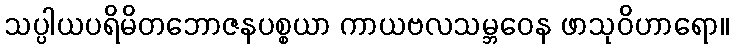
သပ္ပါယပရိမိတဘောဇနပစ္စယာ ကာယဗလသမ္ဘဝေန ဖာသုဝိဟာရော။